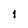
Character: 1